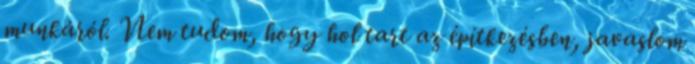
munkáról. Nem tudom, hogy hol tart az építkezésben, javaslom